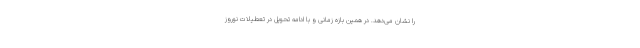
را نشان می‌دهد. در همین بازه زمانی و با ادامه تحویل در تعطیلات نوروز